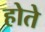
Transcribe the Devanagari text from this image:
होते